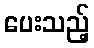
ပေးသည့်